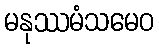
မနုဿမံသမေဝ